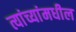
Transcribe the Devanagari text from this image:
त्यांच्यांमधील